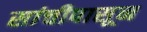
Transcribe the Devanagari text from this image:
सांचीपासून